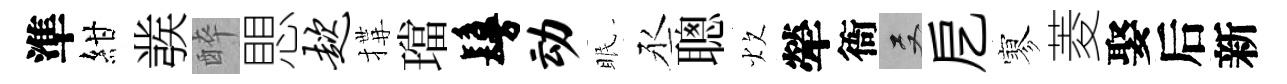
準紺彂醉愳趑搆璫鬘动眠丞聰炊犖衙双戹寥菱娶后新